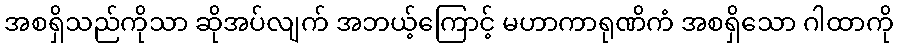
အစရှိသည်ကိုသာ ဆိုအပ်လျက် အဘယ့်ကြောင့် မဟာကာရုဏိကံ အစရှိသော ဂါထာကို